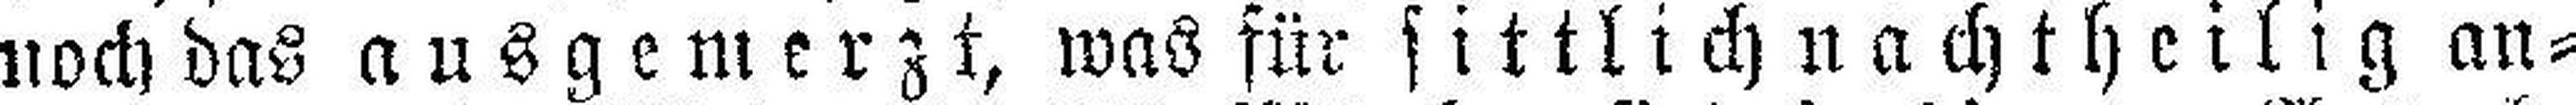
noch das ausgemerzt, was für sittlich nach theilig an¬